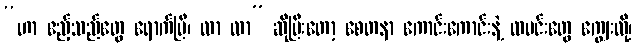
“ဟာ ဧည့်သည်တွေ ရောက်ပြီ၊ လာ လာ” ဆိုပြီးတော့ စေတနာ ကောင်းကောင်းနဲ့ ထမင်းတွေ ကျွေးလို့၊